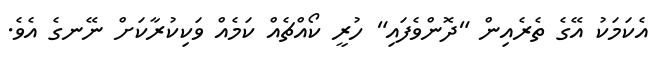
އެކަމަކު އޭގެ ތެރެއިން "ދޮންވެފައި" ހުރީ ކޯއްޗެއް ކަމެއް ވަކިކުރާކަށް ނޭނގެ އެވެ.